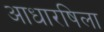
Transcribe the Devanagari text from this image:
आधारषिला